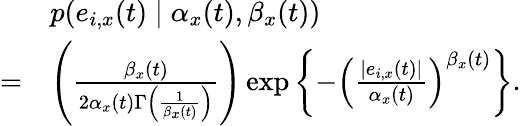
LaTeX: \begin{array}{rl}&{p(e_{i,x}(t)\mid\alpha_{x}(t),\beta_{x}(t))}\\ {=}&{\left(\frac{\beta_{x}(t)}{2\alpha_{x}(t)\Gamma\left(\frac{1}{\beta_{x}(t)}\right)}\right)\exp\left\{ -\left(\frac{|e_{i,x}(t)|}{\alpha_{x}(t)}\right)^{\beta_{x}(t)}\right\} .}\end{array}